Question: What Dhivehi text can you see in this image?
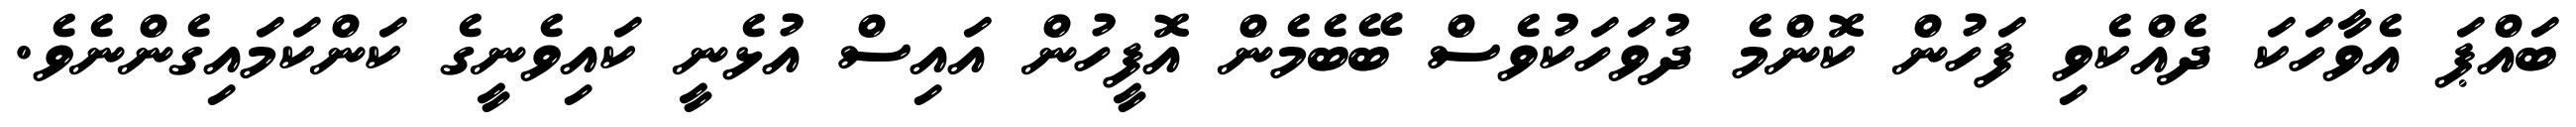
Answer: ބައްޕަ އެވާހަކަ ދެއްކެވި ފަހުން ކޮންމެ ދުވަހަކުވެސް ބޭބެމެން އޮފީހުން އައިސް އުޅެނީ ކައިވެނީގެ ކަންކަމައިގެންނެވެ.